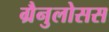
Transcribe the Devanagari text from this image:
ग्रैनुलोसस